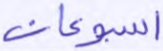
أسبوعان